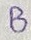
Text: B